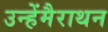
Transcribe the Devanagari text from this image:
उन्हेंमैराथन